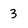
Character: 3